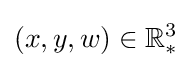
(x,y,w)\in \mathbb {R} _{*}^{3}